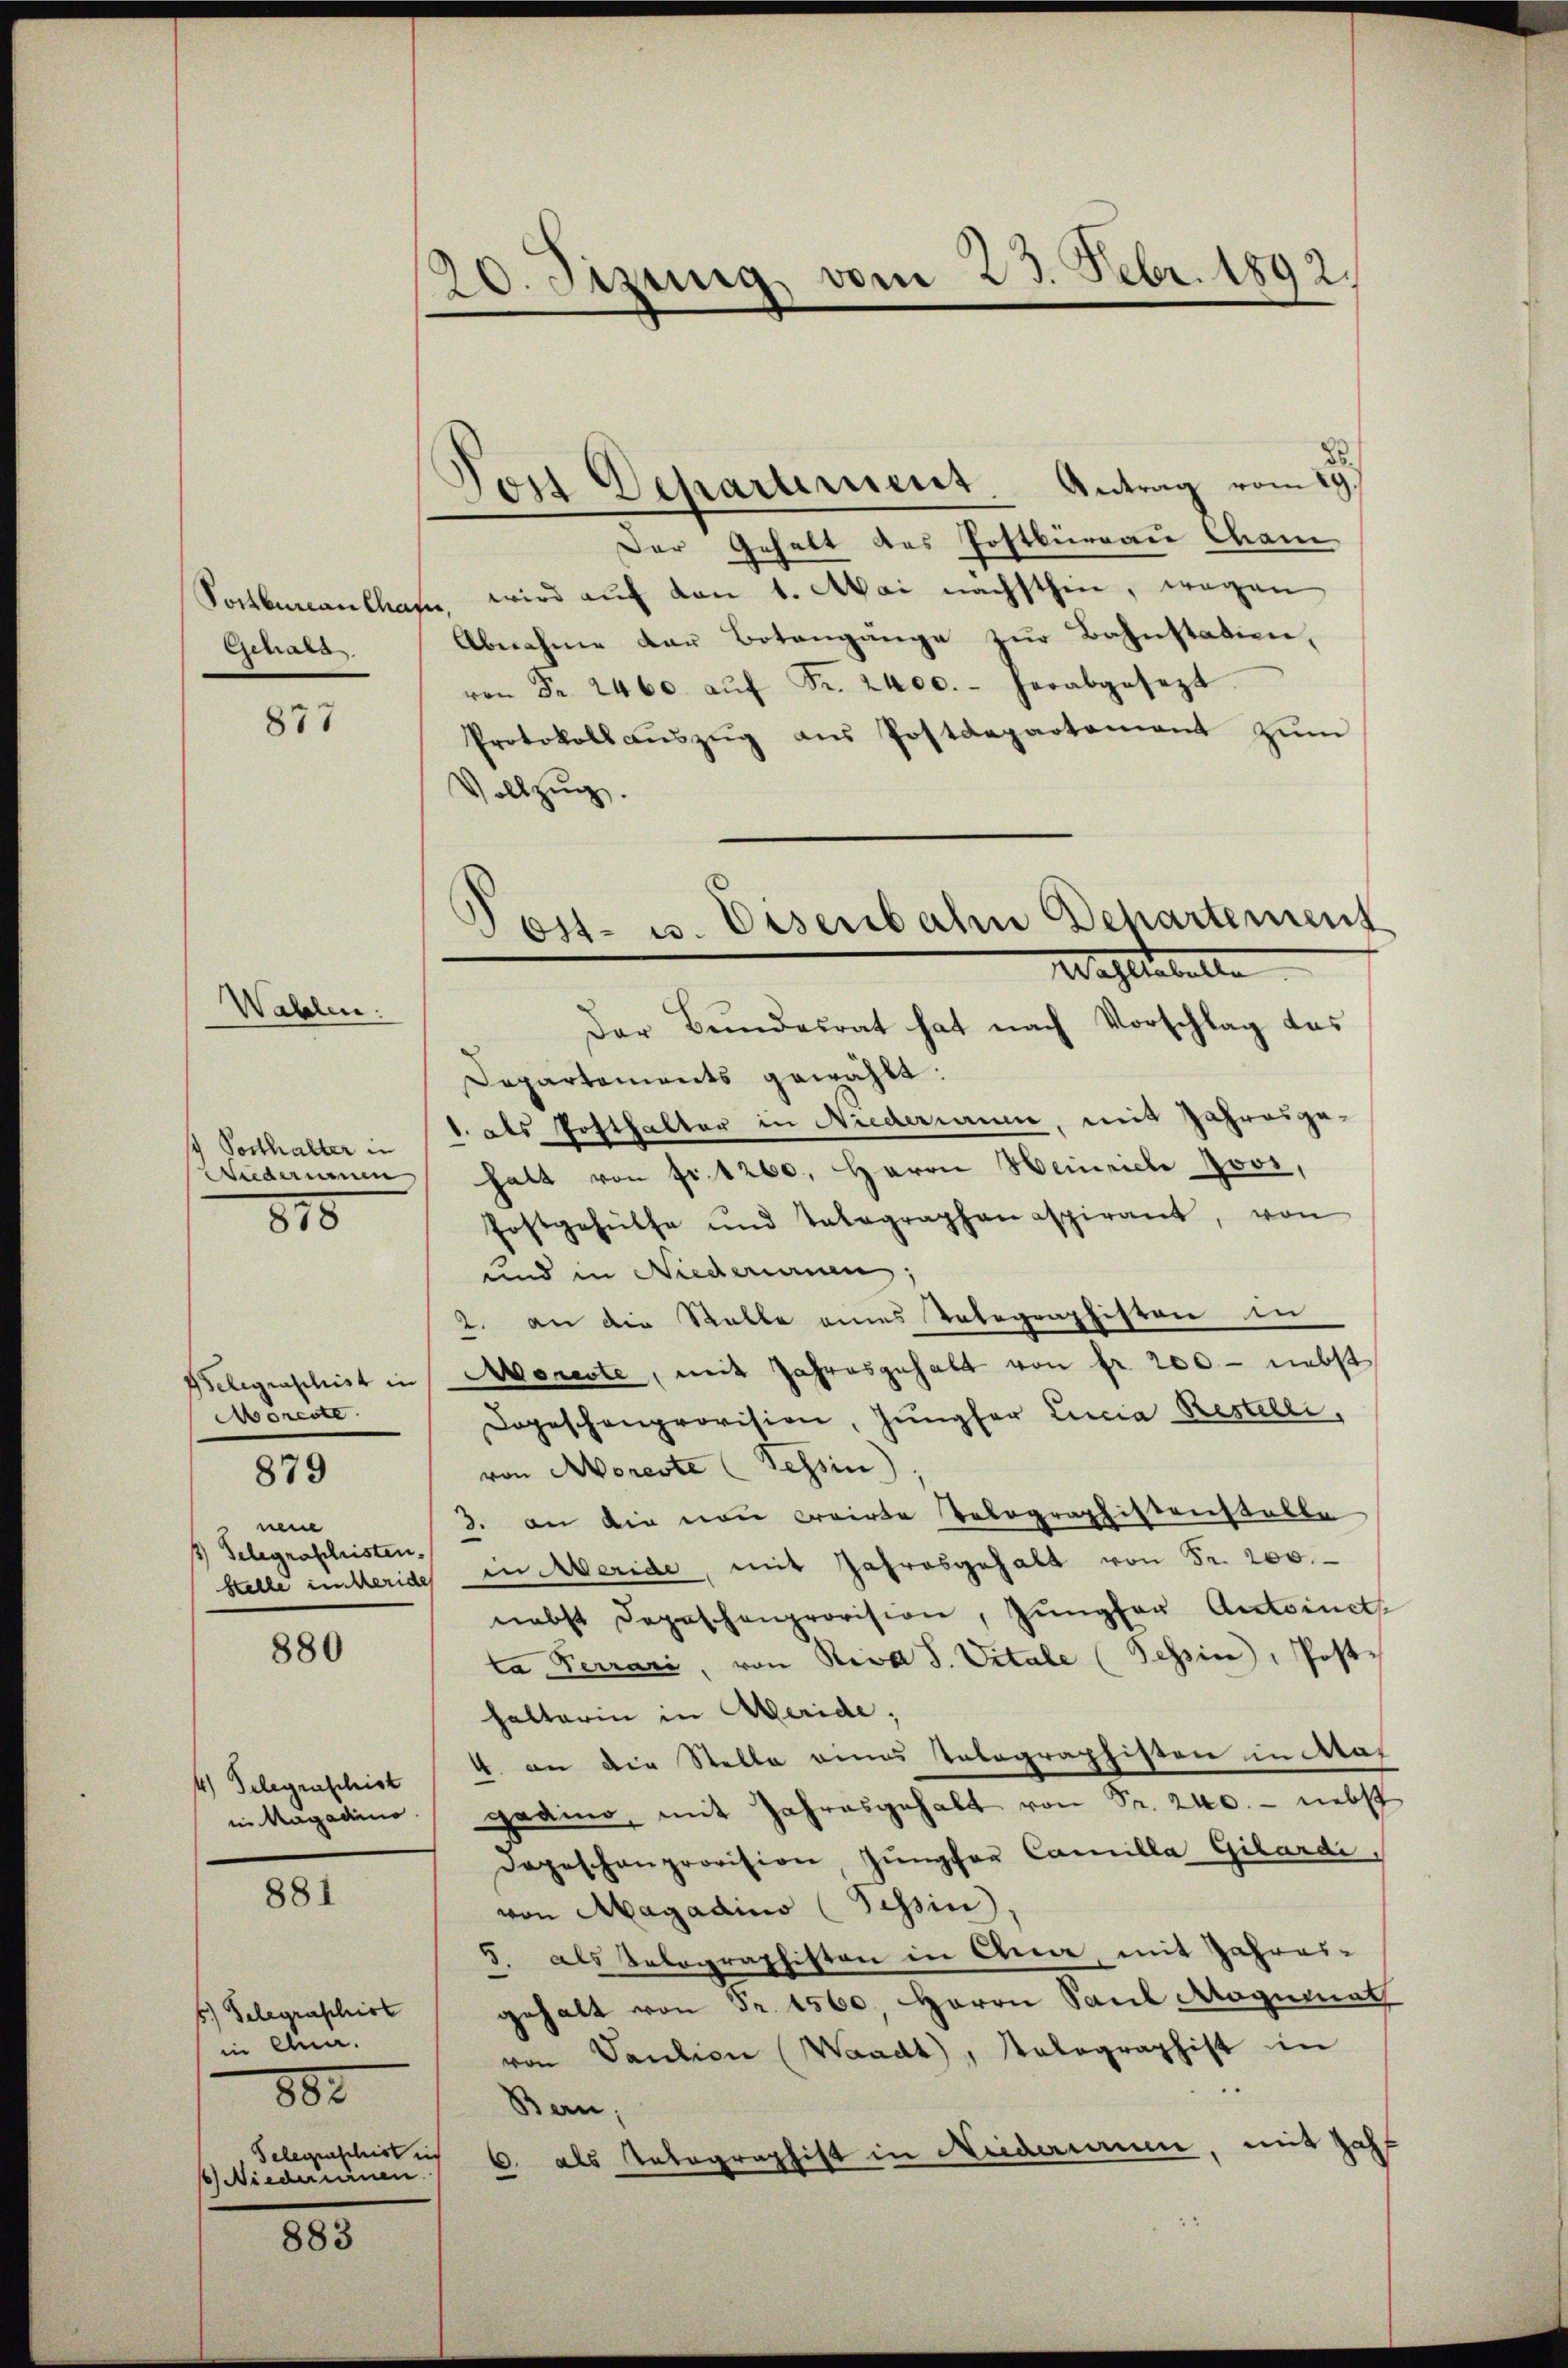
Voctbureau char
Gchass.

877

Wahlen:

4 Posthalter in

818

Möreste
n
1) Gelegraschristen.

879

880

4) Telegraschist
in Magadino.

881

6.) Gelegraphist
in Ana.
882
Gelegenschist in
6) Niederinnen.

883

20. Jezung vom 23. Febr. 1892.

Von Departement Antrag vom 29st
Der Gehalt des Postbüreau Cham
se, wird auf den 1. Mai nächsthin, wegen
Abnahme der Botangänge zur Bahnstatien,
 Fr. 2460. aŭf Fr. 2400.- herabgesezt
Protokoll aŭszŭg ans Postdepartamant zŭm
Vollzug.
Der Bundesrat hat nach Vorschlag des
Departements gewählt:
1. als Posthalter in Niederaum, mit Jahresge¬
Wiederum halt von fr. 1260. Herrn Heinrich 100,
Postgehülfe und Talagraphan aspirant, von
und in Niederumen;
2. an die Stalle eines Telegraphiston in
Belegenschist in Moreste, mit Jahresgehalt von fr. 200 - nebst
Dogeschenprovision, Jungfer Lucia Restelli,
von Moreste (Tessin
3. an die von Crirte Tolographistenstalle
Stelle unteride in Meride, mit Jahresgehalt von Fr. 200.
nebst Depeschenprovision, Jungfer Antoinets
ta Ferrari, von Riva S. Vitale (Tessin, Post-
halterin in Meride,
4. an die Stelle eines Telegraphisten in Nas
gadino, mit Jahresgehalt von Sr. 240. - nebst
degeschanprovision, Jŭngfer Camilla Gilardi,
von Magadino (Tessin
5. als Telographiston in Ana, mit Jahres-
gehalt von Fr. 1560. Herrn Paul Magimath
von Paulicie (Waadt, Volographist in
.
Bern,
6 als Telegraphist in Meidarine, mit Zahl

Post- u. Eisenbahn Departement
Wachstabelle